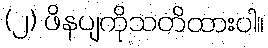
(၂) ဖိနပျကိုသတိထားပါ။